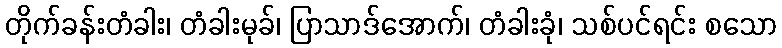
တိုက်ခန်းတံခါး၊ တံခါးမုခ်၊ ပြာသာဒ်အောက်၊ တံခါးခုံ၊ သစ်ပင်ရင်း စသော